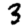
Digit: 3